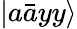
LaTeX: \left|a\bar{a}yy\right\rangle